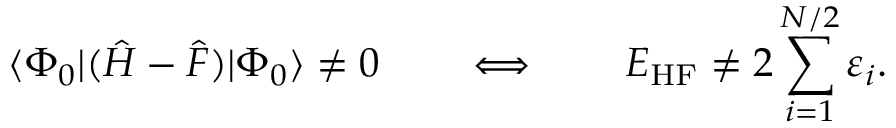
\langle \Phi _ { 0 } | ( { \hat { H } } - { \hat { F } } ) | \Phi _ { 0 } \rangle \neq 0 \qquad \Longleftrightarrow \qquad E _ { \mathrm { H F } } \neq 2 \sum _ { i = 1 } ^ { N / 2 } \varepsilon _ { i } .